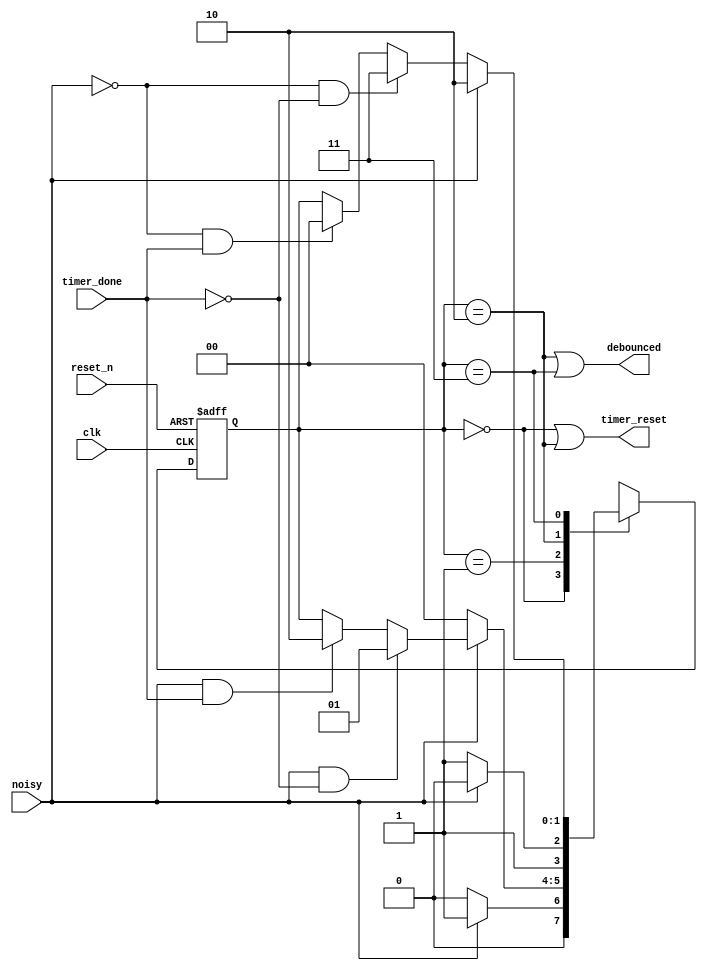
`timescale 1ns / 1ps
//////////////////////////////////////////////////////////////////////////////////
// Company: 
// Engineer: 
// 
// Design Name: 
// Module Name: debouncer_delayed_fsm
// Project Name: 
// Target Devices: 
// Tool Versions: 
// Description: 
// 
// Dependencies: 
// 
// Revision:
// Revision 0.01 - File Created
// Additional Comments:
// 
//////////////////////////////////////////////////////////////////////////////////


module debouncer_delayed_fsm(
    input clk, reset_n,
    input noisy, timer_done,
    output timer_reset, debounced
    );
    
    reg [1:0] state_reg, state_next;
    parameter s0 = 0, s1 = 1, s2 = 2, s3 = 3;
    
    // Sequential state register
    always @(posedge clk, negedge reset_n)
    begin
        if (~reset_n)
            state_reg <= 0;
        else
            state_reg <= state_next;
    end
    
    // Next state logic
    always @(*)
    begin
        state_next = state_reg;
        case(state_reg)
            s0: if (~noisy)
                    state_next = s0;
                else if (noisy)
                    state_next = s1;
            s1: if (~noisy)
                    state_next = s0;
                else if (noisy & ~timer_done)
                    state_next = s1;
                else if (noisy & timer_done)
                    state_next = s2;
            s2: if (~noisy)
                    state_next = s3;
                else if (noisy)
                    state_next = s2;
            s3: if (noisy)
                    state_next = s2;
                else if (~noisy & ~timer_done)
                    state_next = s3;
                else if (~noisy & timer_done)
                    state_next = s0;
            default: state_next = s0;                                             
        endcase
    end
    
    // output logic
    assign timer_reset = (state_reg == s0) | (state_reg == s2);
    assign debounced = (state_reg == s2) | (state_reg == s3);
    
endmodule